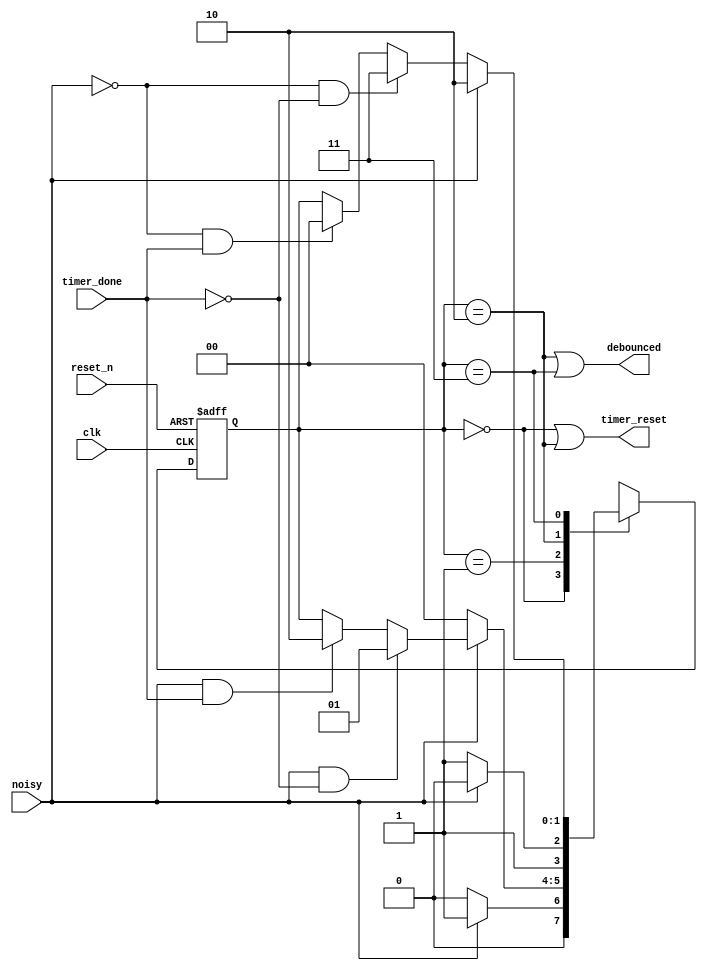
`timescale 1ns / 1ps
//////////////////////////////////////////////////////////////////////////////////
// Company: 
// Engineer: 
// 
// Design Name: 
// Module Name: debouncer_delayed_fsm
// Project Name: 
// Target Devices: 
// Tool Versions: 
// Description: 
// 
// Dependencies: 
// 
// Revision:
// Revision 0.01 - File Created
// Additional Comments:
// 
//////////////////////////////////////////////////////////////////////////////////


module debouncer_delayed_fsm(
    input clk, reset_n,
    input noisy, timer_done,
    output timer_reset, debounced
    );
    
    reg [1:0] state_reg, state_next;
    parameter s0 = 0, s1 = 1, s2 = 2, s3 = 3;
    
    // Sequential state register
    always @(posedge clk, negedge reset_n)
    begin
        if (~reset_n)
            state_reg <= 0;
        else
            state_reg <= state_next;
    end
    
    // Next state logic
    always @(*)
    begin
        state_next = state_reg;
        case(state_reg)
            s0: if (~noisy)
                    state_next = s0;
                else if (noisy)
                    state_next = s1;
            s1: if (~noisy)
                    state_next = s0;
                else if (noisy & ~timer_done)
                    state_next = s1;
                else if (noisy & timer_done)
                    state_next = s2;
            s2: if (~noisy)
                    state_next = s3;
                else if (noisy)
                    state_next = s2;
            s3: if (noisy)
                    state_next = s2;
                else if (~noisy & ~timer_done)
                    state_next = s3;
                else if (~noisy & timer_done)
                    state_next = s0;
            default: state_next = s0;                                             
        endcase
    end
    
    // output logic
    assign timer_reset = (state_reg == s0) | (state_reg == s2);
    assign debounced = (state_reg == s2) | (state_reg == s3);
    
endmodule